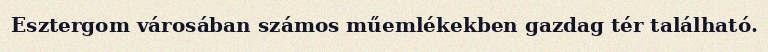
Esztergom városában számos műemlékekben gazdag tér található.